King Institute of Preventive Medicine Micro-Biological Section reports 1909-11
Year: 1909
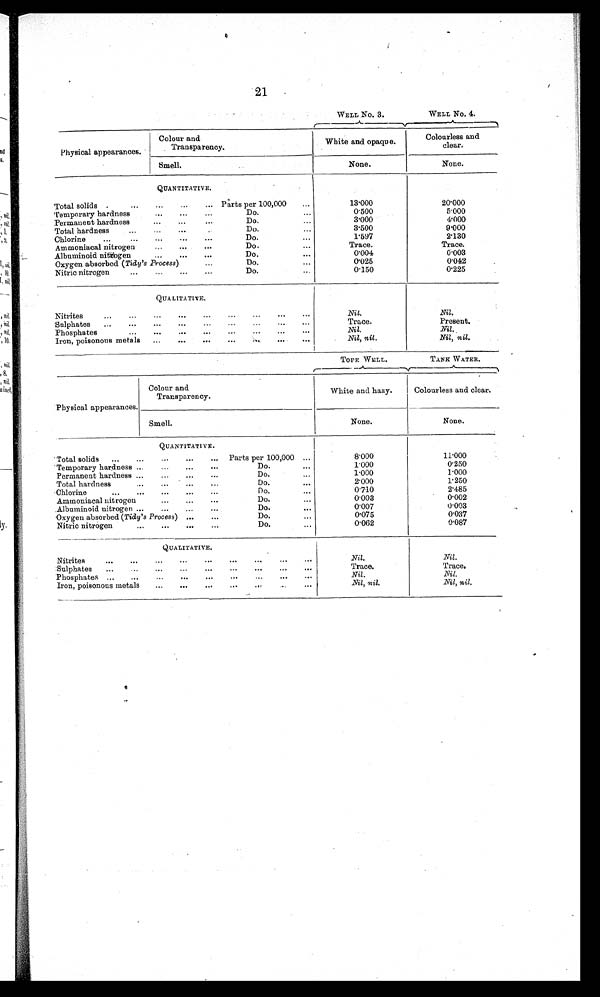
21
WELL No. 3.
WELL No. 4.
Physical appearances.
Colour and
Transparency.
White and opaque.
Colourless and
clear.
Smell.
None.
None.
QUANTITATIVE.
Total solids .
....
...
...
P a r t s p e r 1 0 0 , 0 0 0
. . .
13.000
20.000
Temporary hardness
...
...
...
Do.
...
0.500
5.000
Permanent hardness
...
...
...
Do.
...
3.000
4.000
Total hardness
...
...
...
Do.
...
3.500
9.000
1.597
2.130
Chlorine
...
...
...
...
...
Do.
...
Ammoniacal nitrogen
... ...
Do.
...
Trace.
Trace.
Albuminoid nitrogen
...
••.
...
Do.
. . .
0 . 0 0 4
0.003
Oxygen absorbed ( Tidy's Process ) ...
Do.
...
0.025
0.042
Nitric nitrogen
...
...
...
...
Do.
0.150
0.225
QUALITATIVE.
Nitrites
...
...
...
...
...
...
...
...
...
Nil.
Nil.
Sulphates
...
...
...
...
...
...
...
...
Trace.
Present.
Phosphates
...
...
...
...
..
... ...
Nil.
Nil.
Iron, poisonous metals
...
...
...
...
...
...
Nil, nil.
Nil, nil .
TOPE WELL.
TANK WATER.
Physical appearances.
Colour and
Transparency.
White and hazy.
Colourless and clear.
Smell.
None.
_
None.
QUANTITATIVE.
Total solids
...
...
...
...
...
Parts per 100,000 ...
8.000
11.000
Temporary hardness ...
...
...
...
Do.
...
1.000
0.250
Permanent hardness ...
...
...
Do.
1.000
1.000
Total hardness
,..
...
...
...
Do.
...
2.000
1.250
Chlorine.....
...
...
...
. . .
D o . . . .
0.710
2.485
Ammoniacal nitrogen
... ...
..
Do.
0.003
0.002
Albuminoid nitrogen ...
...
...
...
Do.
...
0.007
0.003
Oxygen absorbed ( Tidy's Process) ...
...
Do.
...
0.075
0.037
Nitric nitrogen
... ...
...
..
Do.
...
0.062
0.087
QUALITATIVE.
Nitrites
...
...
...
...
...
...
Nil.
Nil.
Sulphates
...
...
...
...
...
...
...
...
Trace.
Trace.
Phosphates ...
...
... ...
...
... . . .
Nil.
Nil .
Iron, poisonous metals
...
...
...
...
... .
N i l , n i l .
Nil, nil.